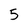
Character: 5